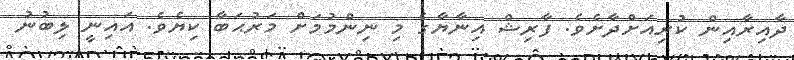
ދާއިރާއިން ކުރިއަށްދާށެވެ. ފާރިޝް އިނާޔާގެ މި ނިންމުމަށް މަރުޙަބާ ކިޔެވެ. އައިނީ ލިބުނު